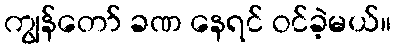
ကျွန်တော် ခဏ နေရင် ဝင်ခဲ့မယ်။